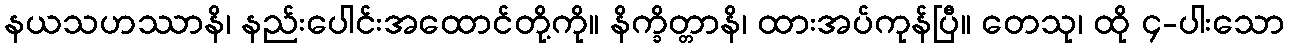
နယသဟဿာနိ၊ နည်းပေါင်းအထောင်တို့ကို။ နိက္ခိတ္တာနိ၊ ထားအပ်ကုန်ပြီ။ တေသု၊ ထို ၄-ပါးသော